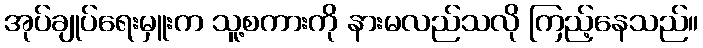
အုပ်ချုပ်ရေးမှူးက သူ့စကားကို နားမလည်သလို ကြည့်နေသည်။